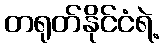
တရုတ်နိုင်ငံရဲ့